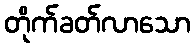
တိုက်ခတ်လာသော